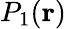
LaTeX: P_{1}(\textbf{r})